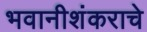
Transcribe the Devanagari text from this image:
भवानीशंकराचे